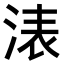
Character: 𣷴